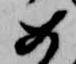
め